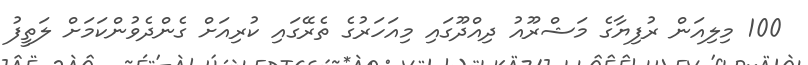
100 މިލިއަން ރުފިޔާގެ މަޝްރޫއު ދިއްދޫގައި މިއަހަރުގެ ތެރޭގައި ކުރިއަށް ގެންދެވުންކަމަށް ލަތީފު